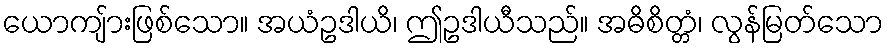
ယောကျ်ားဖြစ်သော။ အယံဥဒါယိ၊ ဤဥဒါယီသည်။ အဓိစိတ္တံ၊ လွန်မြတ်သော